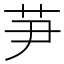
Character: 芛